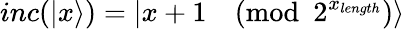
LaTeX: inc(|x\rangle)=|x+1{\pmod{2^{x_{length}}}}\rangle